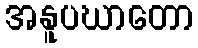
အနူပဃာတော